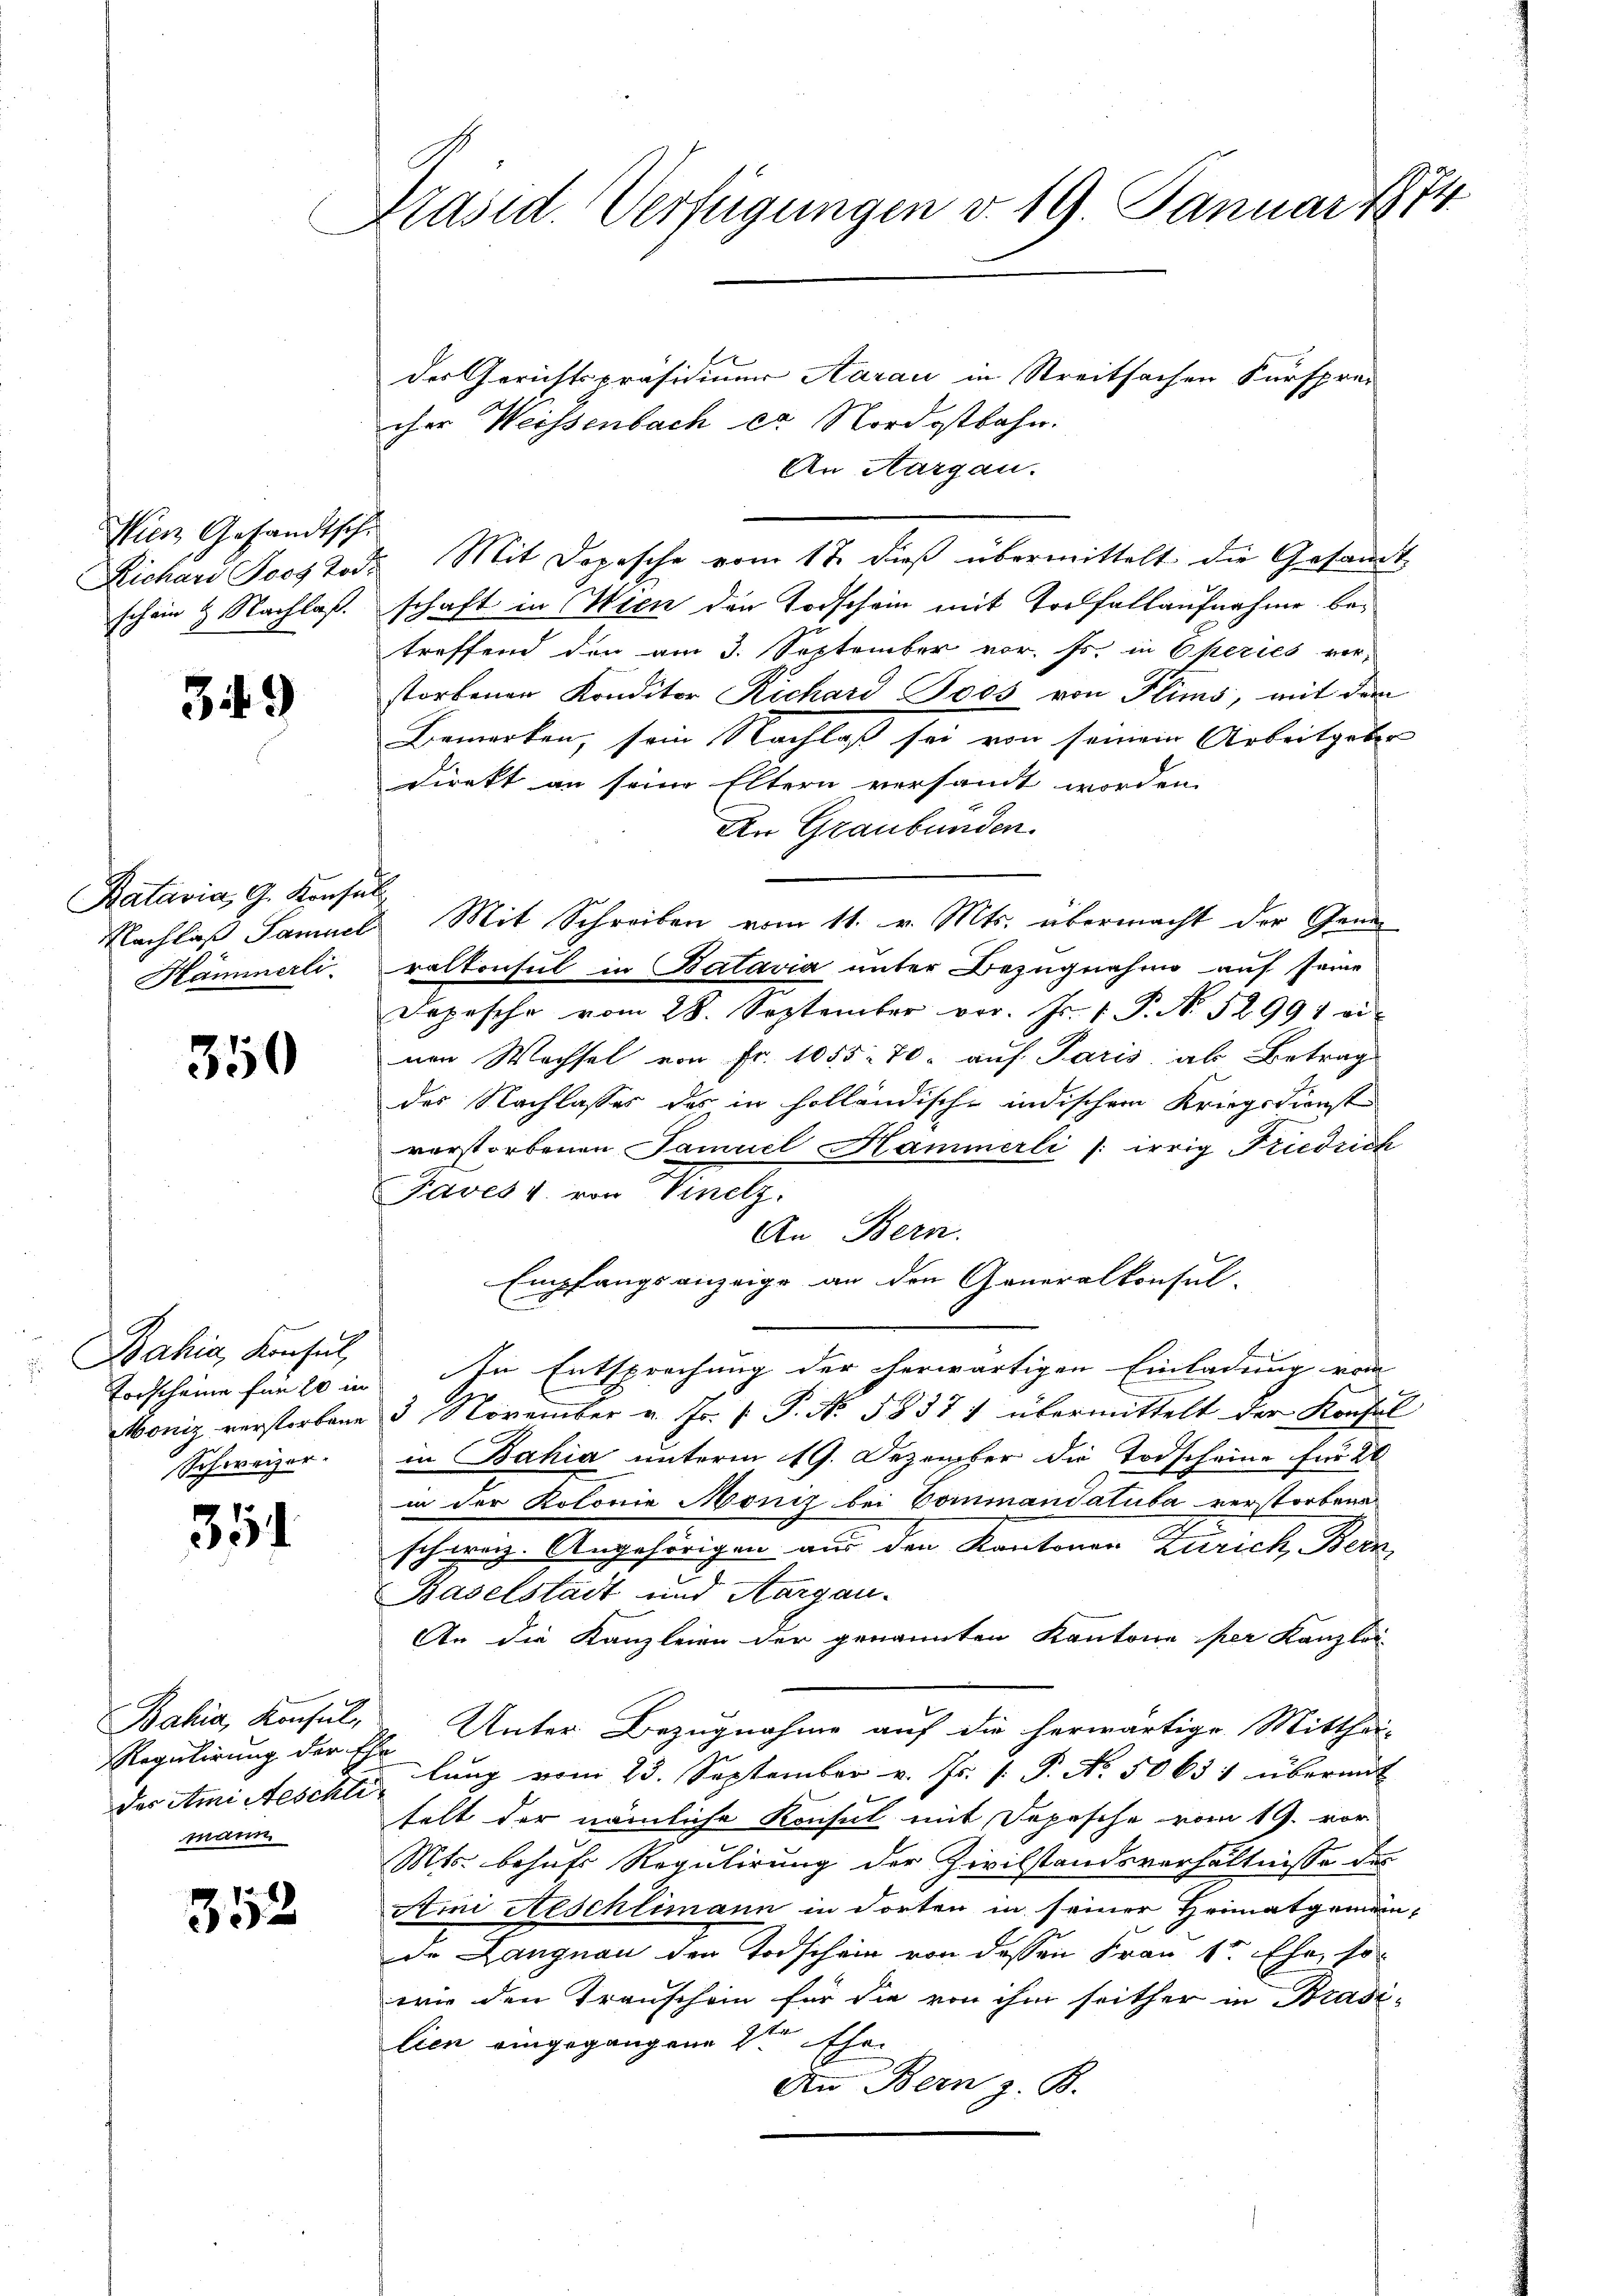
Wien Gesandtsche
schein & Nachlaß.

349)

Batavia, G. Konsul
Hämmerli

350

Bahia, Konsul
Schweizer.

354

Bahia, Konsul
mann

352

Präsid. Verfügungen v. 19. Januar 1874

l
des Gerichtspräsidium Aarau in Streitsachen Fürsprec
cher Weissenbach er Nordostbahn.
An Aargau.
Richard Jeos Tod. Mit Dopesche vom 17. dieβ übermittelt die Gesamt
schaft in Wien den Todschein mit Torfallaufnahme betreffend den am 3. September vor. Js. in Operies ver-
storbenen Kreditor Richard Toos von Flims, mit dem
Bemerken, sein Nachlaß sei von seinem Arbeitgeber
direkt an seine Eltern versandt worden.
An Graubünden.
Nachlaß Samuel Mit Schreiben vom 11. v. Mts. übermacht der Gene
ralkonsul in Batavia unter Bezugnahme auf seine
Depesche vom 28. September vor. Js. 1 P. Nr. 52994 ei
nen Wechsel von Fr. 1055. 70. auf Paris als Betrag
des Nachlasses des in holländische indischem Kriegsdienst
verstorbenen Samuel Hammerli (: irrig Friedrich
Javes 4. von Venetz.
An Bern.
Empfangsanzeige an den Generalkonsul-
E
Torscheine für 20 in In Entsprechung der herwärtigen Einladung vom
Moniz verstorbene 3 November u. fr. P.P. No. 58371 übermittelt der Konsul
in Bahia unterm 19. Dezember die Todscheine für 20
in der Kolonie Monis bei Commandatuba verstorbenes
schweiz. Angehörigen aus den Kantonen Zürich, Bern
Baselstadt und Aargau.
An die Kanzleien der genannten Kantone per Kanzlei
Regulirung der Ehe Unter Bezugnahme auf die herwärtige Mitthei-
das Ami Aeschli, lang vom 23. September v. Js. s. P. No. 50631 übermit
telt der nämliche Konsul mit Depesche vom 19. vor
c
Mts. behufs Regulirung der Zivilstandsverhältnisse des
Ami Aeschlimann in dorten in seiner Heimatgemein-
de Langnau den Todschein von dessen Frau 1r Ehe, so
wie den Transchein für die von ihm seither in Brasi-
lien eingegangene 2ten Ehe
An Bern z. B.